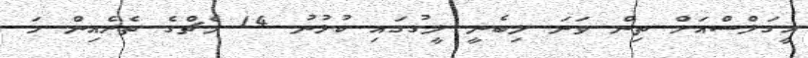
އީގަލްސްއަށް ތިން ވަނަ ލިބެނީ ލީގުގައި ކުޅުނު 14 މެޗްގެ ތެރެއިން ހަ